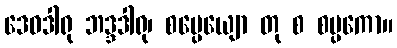
ဒေဝဒါရု ဘဒ္ဒဒါရု၊ စမ္ပေယျော တု စ စမ္ပကော။